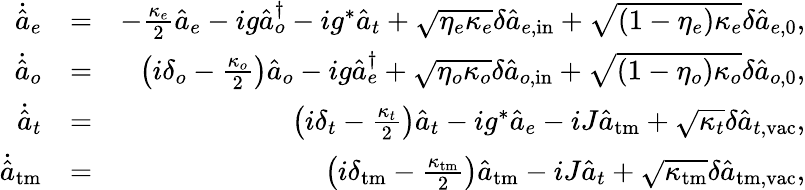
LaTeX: \begin{array}{rlr}{\dot{\hat{a}}_{e}}&{=}&{-\frac{\kappa_{e}}{2}\hat{a}_{e}-ig\hat{a}_{o}^{\dagger}-ig^{*}\hat{a}_{t}+\sqrt{\eta_{e}\kappa_{e}}\delta\hat{a}_{e,\mathrm{in}}+\sqrt{\left(1-\eta_{e}\right)\kappa_{e}}\delta\hat{a}_{e,0},}\\ {\dot{\hat{a}}_{o}}&{=}&{\left(i\delta_{o}-\frac{\kappa_{o}}{2}\right)\hat{a}_{o}-ig\hat{a}_{e}^{\dagger}+\sqrt{\eta_{o}\kappa_{o}}\delta\hat{a}_{o,\mathrm{in}}+\sqrt{\left(1-\eta_{o}\right)\kappa_{o}}\delta\hat{a}_{o,\mathrm{0}},}\\ {\dot{\hat{a}}_{t}}&{=}&{\left(i\delta_{t}-\frac{\kappa_{t}}{2}\right)\hat{a}_{t}-ig^{*}\hat{a}_{e}-iJ\hat{a}_{\mathrm{tm}}+\sqrt{\kappa_{t}}\delta\hat{a}_{t,\mathrm{vac}},}\\ {\dot{\hat{a}}_{\mathrm{tm}}}&{=}&{\left(i\delta_{\mathrm{tm}}-\frac{\kappa_{\mathrm{tm}}}{2}\right)\hat{a}_{\mathrm{tm}}-iJ\hat{a}_{t}+\sqrt{\kappa_{\mathrm{tm}}}\delta\hat{a}_{{\mathrm{tm}},\mathrm{vac}},}\end{array}